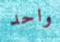
واحد